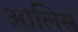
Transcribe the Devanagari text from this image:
आलिस